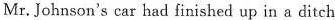
Mr. Johnson's car had finished up in a ditch